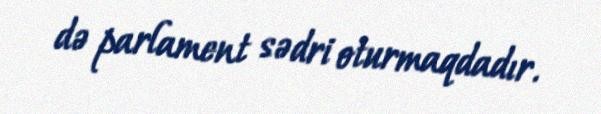
də parlament sədri oturmaqdadır.